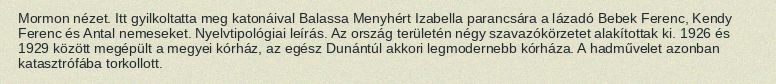
Mormon nézet. Itt gyilkoltatta meg katonáival Balassa Menyhért Izabella parancsára a lázadó Bebek Ferenc, Kendy Ferenc és Antal nemeseket. Nyelvtipológiai leírás. Az ország területén négy szavazókörzetet alakítottak ki. 1926 és 1929 között megépült a megyei kórház, az egész Dunántúl akkori legmodernebb kórháza. A hadművelet azonban katasztrófába torkollott.